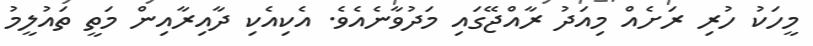
މީހަކު ހުރި ރަށެއް މިއަދު ރާއްޖޭގައި މަދުވާނެއެވެ. އެކިއެކި ދާއިރާއިން މަތީ ތައުލީމު